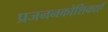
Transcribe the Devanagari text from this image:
प्रजननकोशिकाएँ